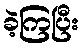
ခဲ့ကြပြီး